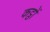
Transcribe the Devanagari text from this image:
कट्ठों